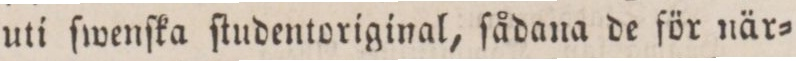
uti ſwenſka ſtudentoriginal, ſådana de för när=